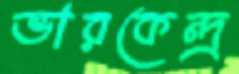
ভারকেন্দ্র্র